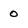
Character: 0